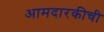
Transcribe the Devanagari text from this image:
आमदारकीची